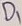
Text: D1